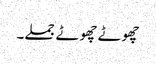
چھوٹے چھوٹے جملے۔